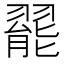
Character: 𬚆